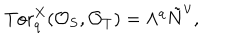
LaTeX: \mathrm { T o r } _ { q } ^ { X } ( { \cal O } _ { S } , { \cal O } _ { T } ) = \Lambda ^ { q } \tilde { N } ^ { \vee } ,